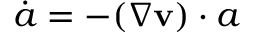
\dot { \boldsymbol { a } } = - ( \nabla \mathbf { v } ) \cdot \boldsymbol { a }